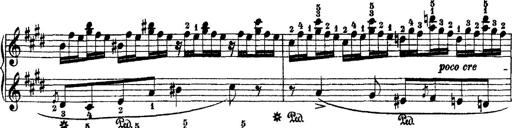
Title: 2 KonzertetÃ¼den
Composer: Franz Liszt